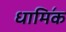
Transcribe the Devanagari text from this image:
धामि॔क